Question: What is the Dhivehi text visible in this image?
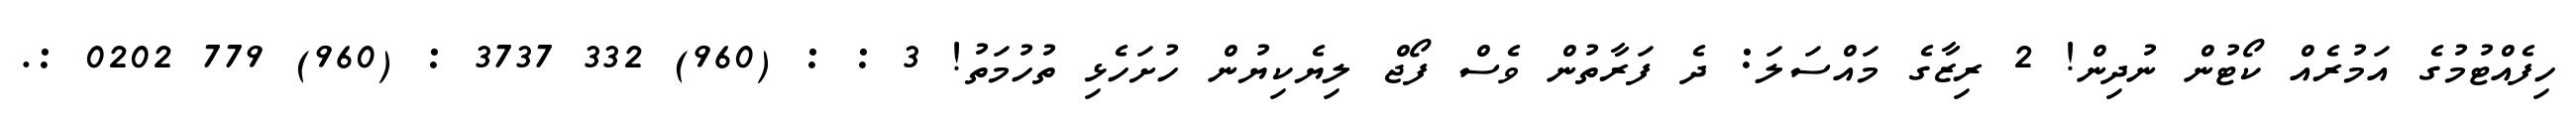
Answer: ހިފެއްޓުމުގެ އަމުރެއް ކޯޓުން ނުދިން! 2 ރިޒާގެ މައްސަލަ: ދެ ފަރާތުން ވެސް ފޯޖް ލިޔެކިޔުން ހުށަހެޅި ތުހުމަތު! 3 : : (960) 332 3737 : (960) 779 0202 :.